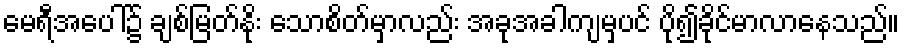
မေရီအပေါ်၌ ချစ်မြတ်နိုး သောစိတ်မှာလည်း အခုအခါကျမှပင် ပို၍ခိုင်မာလာနေသည်။